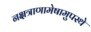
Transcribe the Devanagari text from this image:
नक्षत्राणामेषामुपस्थे